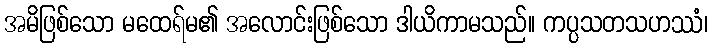
အမိဖြစ်သော မထေရ်မ၏ အလောင်းဖြစ်သော ဒါယိကာမသည်။ ကပ္ပသတသဟဿံ၊